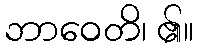
ဘာဝေတိ၊ ၏။